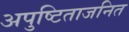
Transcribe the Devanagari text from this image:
अपुष्टिताजनित